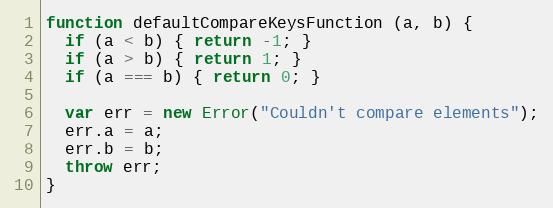
Language: JavaScript
function defaultCompareKeysFunction (a, b) {
  if (a < b) { return -1; }
  if (a > b) { return 1; }
  if (a === b) { return 0; }

  var err = new Error("Couldn't compare elements");
  err.a = a;
  err.b = b;
  throw err;
}